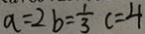
a = 2 b = \frac { 1 } { 3 } c = 4